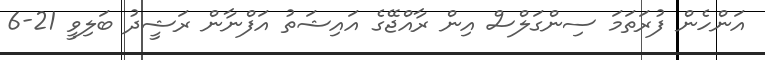
އަންހެން ފުރަތަމަ ސިންގަލްސް އިން ރާއްޖޭގެ އައިޝަތު އަފްނާން ރަޝީދު ބަލިވީ 21-6